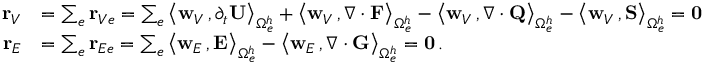
\begin{array} { r l } { { \bf r } _ { V } } & { = \sum _ { e } { \bf r } _ { V e } = \sum _ { e } \big \langle { { \bf w } _ { V } } \, , \partial _ { { t } } { \bf U } \big \rangle _ { \Omega _ { e } ^ { h } } + \big \langle { { \bf w } _ { V } } \, , \nabla \cdot { \bf F } \big \rangle _ { \Omega _ { e } ^ { h } } - \big \langle { { \bf w } _ { V } } \, , \nabla \cdot { \bf Q } \big \rangle _ { \Omega _ { e } ^ { h } } - \big \langle { { \bf w } _ { V } } \, , { \bf S } \big \rangle _ { \Omega _ { e } ^ { h } } = { \bf 0 } } \\ { { \bf r } _ { E } } & { = \sum _ { e } { \bf r } _ { E e } = \sum _ { e } \big \langle { { \bf w } _ { E } } \, , { \bf E } \big \rangle _ { \Omega _ { e } ^ { h } } - \big \langle { { \bf w } _ { E } } \, , \nabla \cdot { \bf G } \big \rangle _ { \Omega _ { e } ^ { h } } = { \bf 0 } \, . } \end{array}